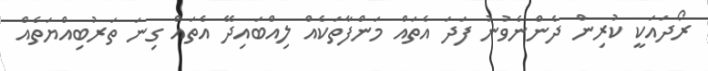
ރޯދައަކީ ކުރިން ދެންނެވުނު ފަދަ އެތައް މަންފާތަކެއް ލިއްބައިދޭ އެތައް ގިނަ ތަރުބިއްޔަތެއް